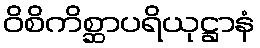
ဝိစိကိစ္ဆာပရိယုဋ္ဌာနံ